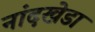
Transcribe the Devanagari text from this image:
नांदखेडा